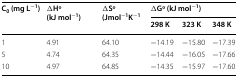
<table><thead><tr><td rowspan="2"><b>C<sub>0</sub> (mg L<sup>−1</sup>)</b></td><td rowspan="2"><b>∆Ho (kJ mol<sup>−1</sup>)</b></td><td rowspan="2"><b>∆So (Jmol<sup>−1</sup>K<sup>−1</sup></b></td><td colspan="3"><b>∆Go (kJ mol<sup>−1</sup>)</b></td></tr><tr><td><b>298 K</b></td><td><b>323 K</b></td><td><b>348 K</b></td></tr></thead><tbody><tr><td>1</td><td>4.91</td><td>64.10</td><td>−14.19</td><td>−15.80</td><td>−17.39</td></tr><tr><td>5</td><td>4.74</td><td>64.35</td><td>−14.44</td><td>−16.05</td><td>−17.66</td></tr><tr><td>10</td><td>4.97</td><td>64.85</td><td>−14.35</td><td>−15.97</td><td>−17.60</td></tr></tbody></table>